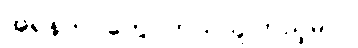
အရန်တပ်တွေ ဘယ်သူကြည့်မလဲ